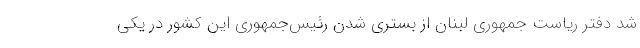
شد دفتر ریاست جمهوری لبنان از بستری شدن ‌رئیس‌جمهوری این کشور در یکی